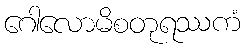
ဂေါလောမိစတုရဿကံ